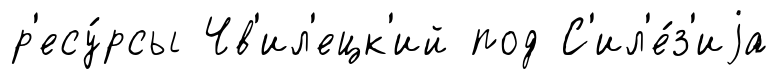
р'есу́рсы Чв'ил'ецк'ий под С'ил'е́з'иjа